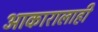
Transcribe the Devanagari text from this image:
आकारालाही